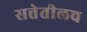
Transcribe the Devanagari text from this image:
सत्तेतीलच